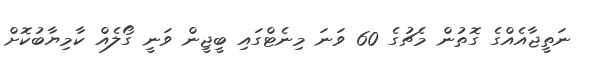
ނަތީޖާއެއްގެ ގޮތުން މެޗުގެ 60 ވަނަ މިނެޓްގައި ބީޖީން ވަނީ ގޯލެއް ކާމިޔާބުކޮށް